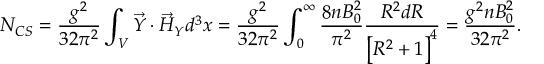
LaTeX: N _ { C S } = \frac { g ^ { 2 } } { 3 2 \pi ^ { 2 } } \int _ { V } \vec { { \cal Y } } \cdot \vec { { \cal H } } _ { { \cal Y } } d ^ { 3 } x = \frac { g ^ { 2 } } { 3 2 \pi ^ { 2 } } \int _ { 0 } ^ { \infty } \frac { 8 n B _ { 0 } ^ { 2 } } { \pi ^ { 2 } } \frac { { \cal R } ^ { 2 } d { \cal R } } { \bigr [ { \cal R } ^ { 2 } + 1 \bigl ] ^ { 4 } } = \frac { g ^ { 2 } n B _ { 0 } ^ { 2 } } { 3 2 \pi ^ { 2 } } .